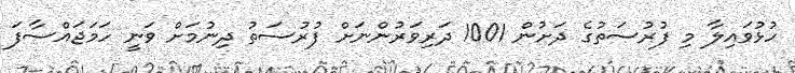
ހުޅުވައިލާ މި ފުރުސަތުގެ ދަށުން 1001 ދަރިވަރުންނަށް ފުރުސަތު ދިނުމަށް ވަނީ ހަމަޖައްސާފަ